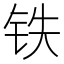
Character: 铁